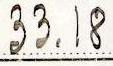
33.18